Civil Veterinary Department Bengal reports 1923-33 - 1923-1933
Year: 1923
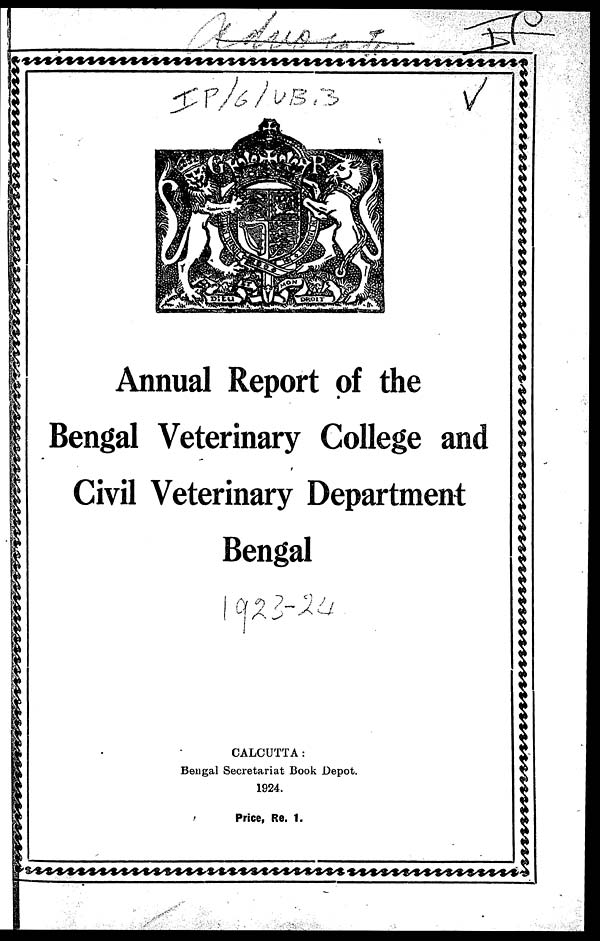
Annual Report of the
Bengal Veterinary College and
Civil Veterinary Department
Bengal
CALCUTTA:
Bengal Secretariat Book Depot.
1924.
Price, Re. 1.